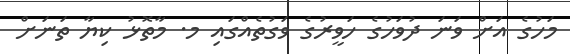
މަހުގެ އަށް ވަނަ ދުވަހުގެ ހަވީރުގެ ވަގުތެއްގައި މ. މާތޮޅު ކިޔާ ތަނަށް